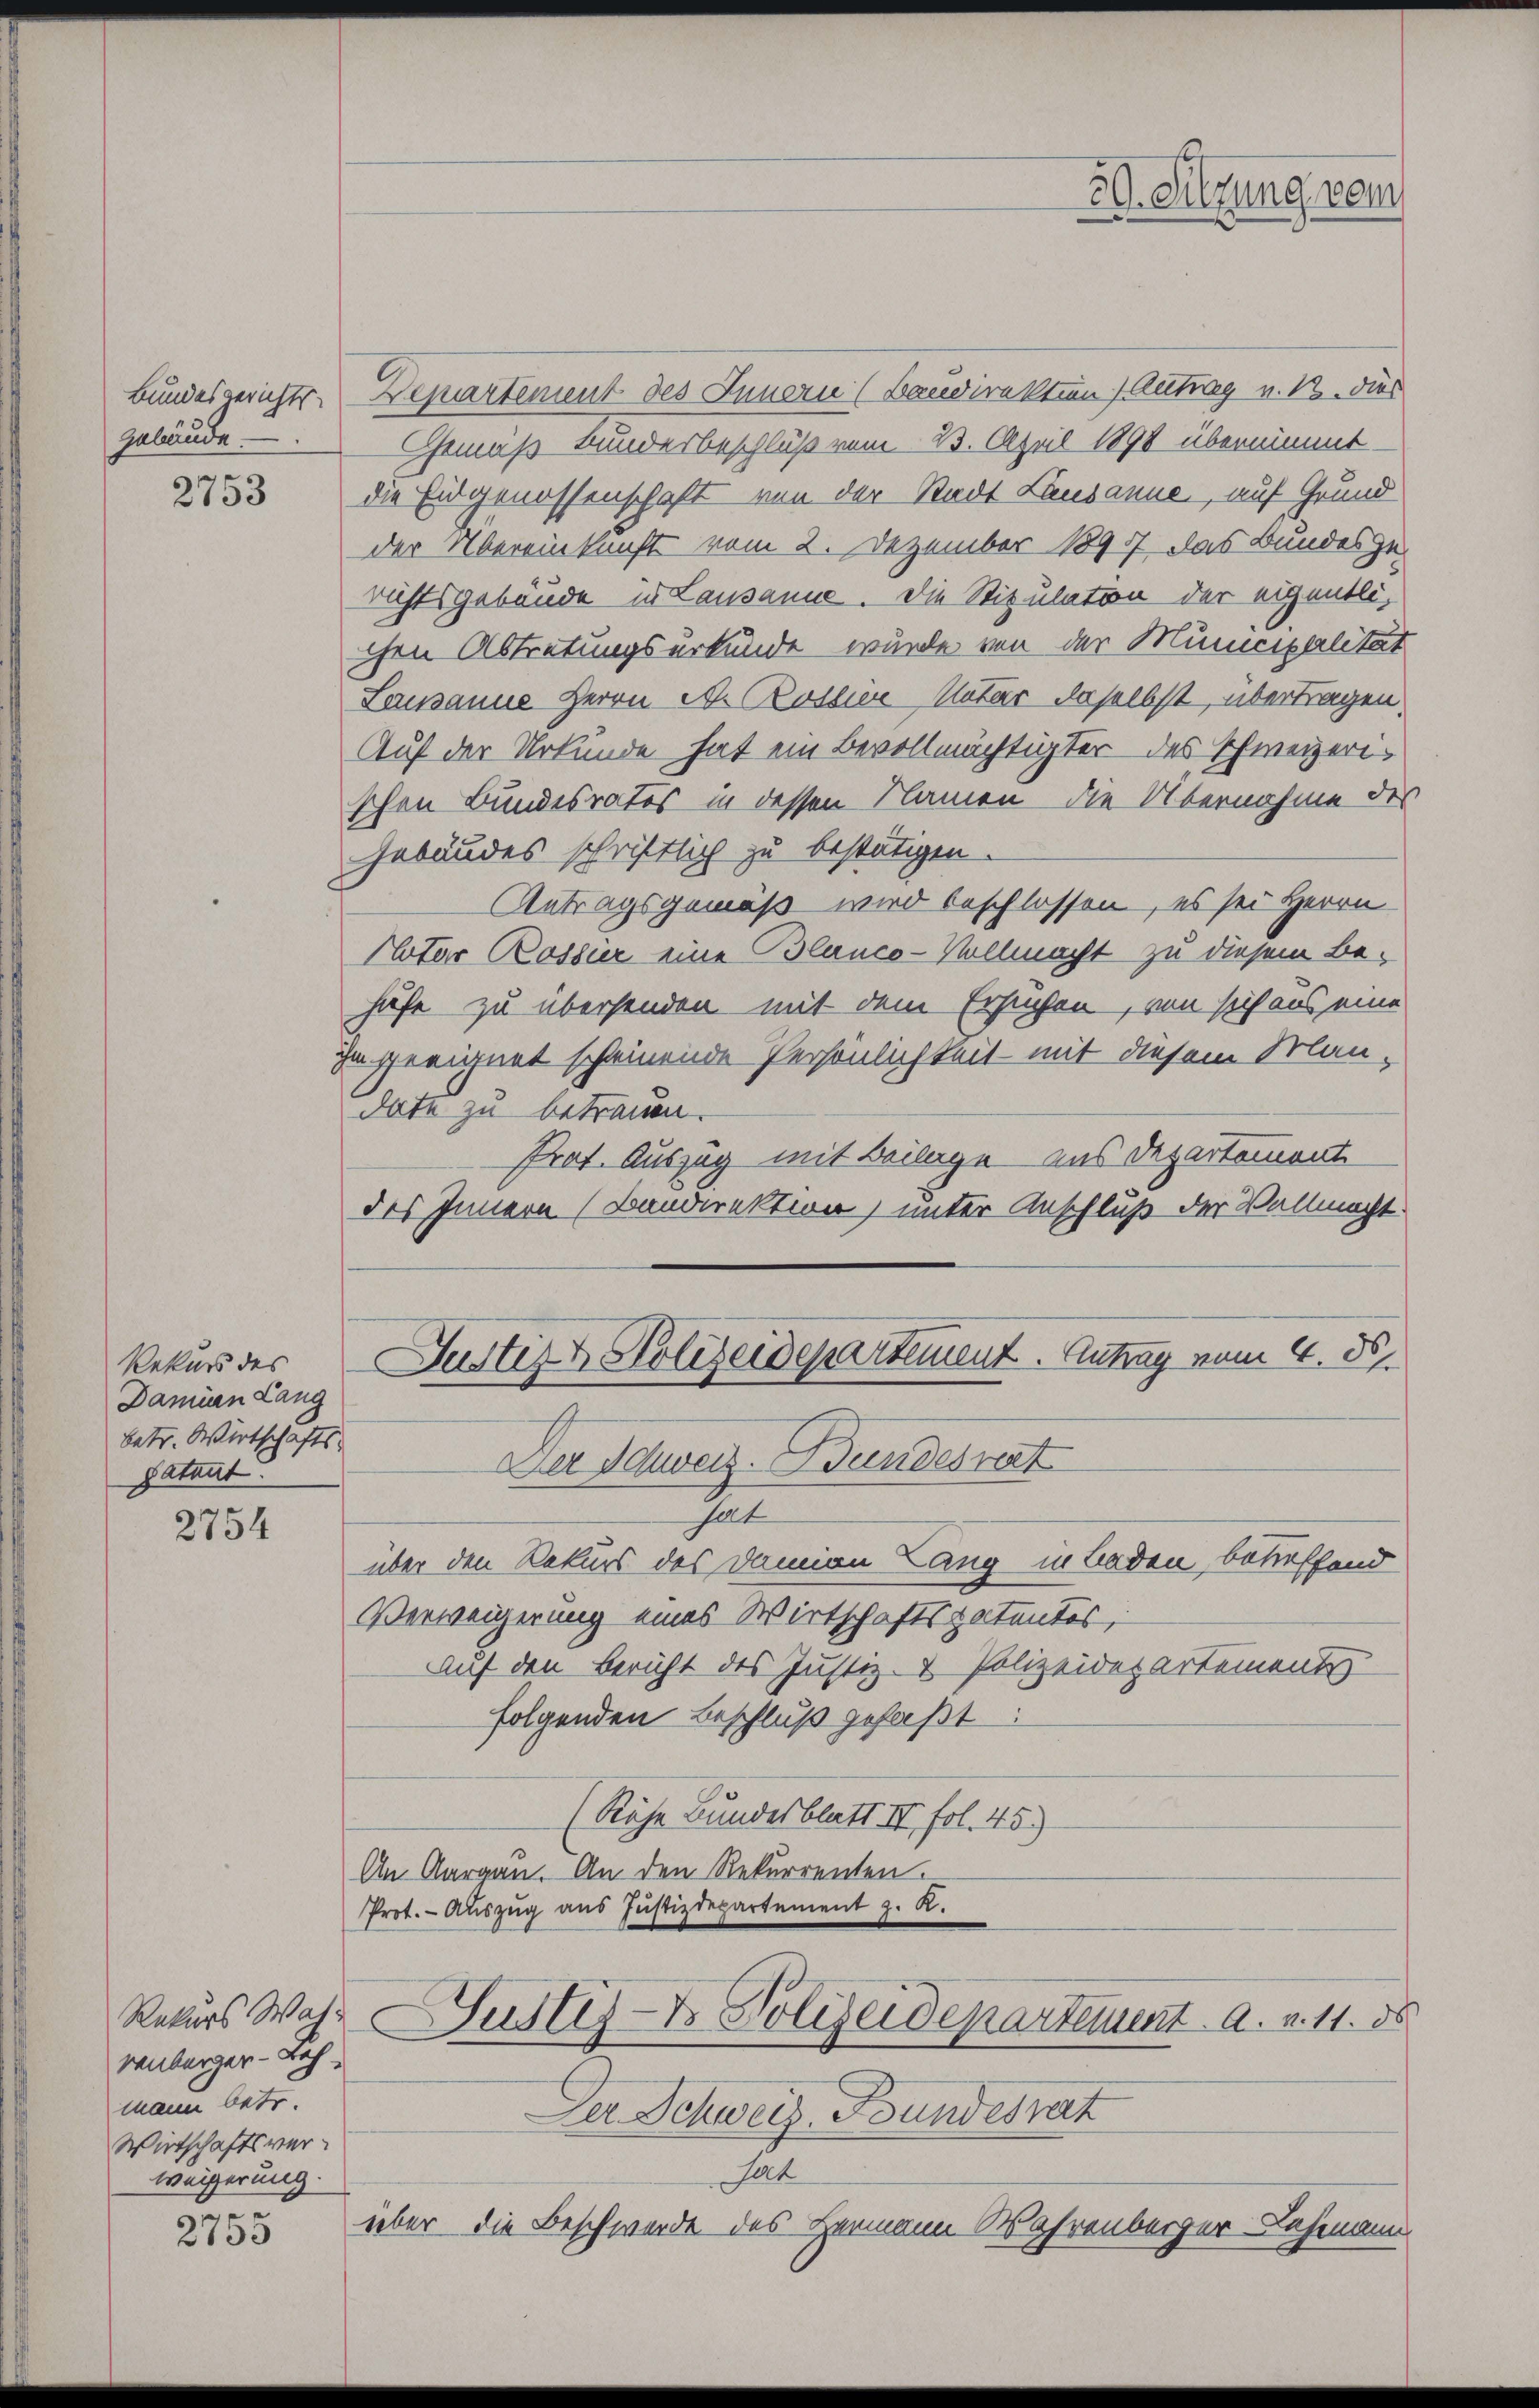
Bundesgerichts-
Gebäude.

2753

Rekurs des
Damian Lang
betr. Wirtschafts-
Patant.

2754

Rekurs Wah-
renberger-Bah
mann betr.
Wirtschaftsverweigerung.

e
2753

Departement des Innern (Bandirektum) Antrag v. M. dies
Gemäß Bundesbeschluß vom 23. April 1891 übernimmt.
die Eidgenossenschaft von der Stadt Lausanne, auf Grund
der Übereinkunft vom 2. Dezember 1897, das Bundesge-
richtsgebäude in Lausanne. Die Stipulaton der eigentlichen Abtretungsurkunde wurde von der Municipalität
Lausanne Herrn N. Rosser Natur daselbst, übertragen,
Auf der Urkunde hat ein Bevollmächtigter des Schweizerischen Bundesrates in dessen Namen die Übernahme des
Gebäudes schriftlich zu bestätigen.
Antragsgemäß wird beschlossen, es sei Herrn
Notar Rossur eine Blanco-Vollmacht zu diesem Behufe zu übersenden mit dem Ersuchen, von sich aus eine
ugeeignet scheinende Persönlichkeit mit diesem Man-
date zu betrauen.
Prat. Auszug mit Beilage aus Departemont
des Innern (Bandirektion) unter Anschluß der Vollmacht
Justiz & Polizeidepartement. Antrag vom 4. ds.
Der Schweiz. Bundesrat
hat
über den Rekurs des Damian Lang in Baden, betreffend
Verweigerung eines Wirtschaftspatentes,
Auf den Bericht des Justiz- & Polizeidepartement
folgenden Beschluß gefaßt
(Räche Bundesblatt II fol. 45.)
An Aargau. An den Rekurrenten.
Prot. - Auszug aus Justizdepartement z. K.
Justiz- & Polizeidepartement a. a. 11. 85
Der Schweiz. Bundesrat
sat
über die Beschwerde des Leemann Wahrenberger Lehmann

59. Sitzung vom